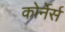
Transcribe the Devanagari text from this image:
कोर्नेर्स